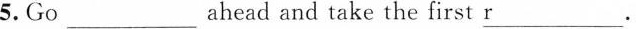
5. Go___ ahead and take the first r___.